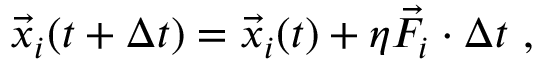
\vec { x } _ { i } ( t + \Delta t ) = \vec { x } _ { i } ( t ) + \eta \vec { F } _ { i } \cdot \Delta t \ ,